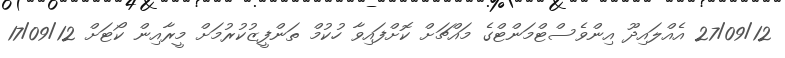
27/09/12 އެއްލައިދޫ އިންވެސްޓްމަންޓްގެ މައްޗަށް ކޮށްފައިވާ ހުކުމް ތަންފީޒުކުރުމަށް މީރާއިން ކޯޓަށް 17/09/12